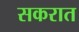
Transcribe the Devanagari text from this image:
सकरात